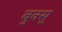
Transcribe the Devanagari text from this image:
बुक्स्